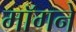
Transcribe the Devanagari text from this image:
माॅगने